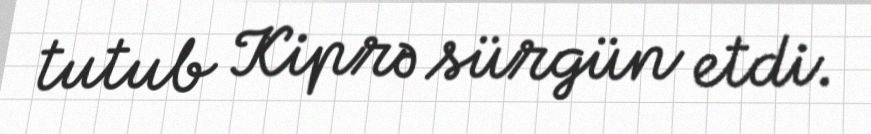
tutub Kiprə sürgün etdi.